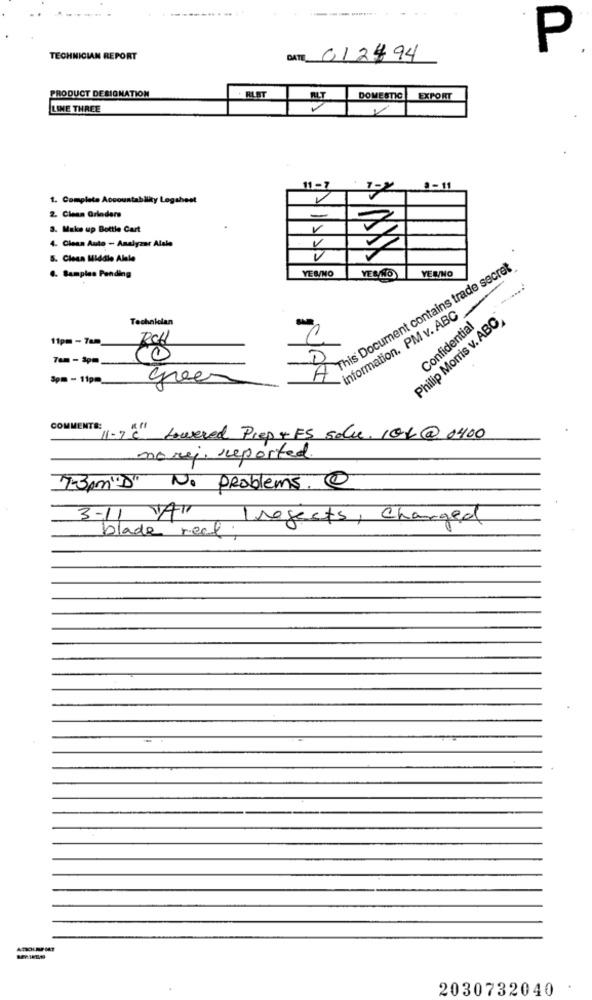
P
TECHNICIAN REPORT
DATI 012494
PRODUCT DESIGNATION
. RLST
DOMESTIC
EXPORT
LINE THREE
11-7
9-11
1. Complete Accountability Logsheet
2. Clean Grinders
-
3. Make up Bottle Cart
V
4. Clean Auto - Analyzer Alale
5. Clean Middle Alale
X
YES/NO
This Document contains trade secret
YES/NO
YES/NO
.. Samples Pending
information. PM v. ABC
Technician
Philip Morris v. ABC
Confidential
11pm - 7am
Tem - 3pm
D
3pm - 11pm
gree
A
NAH
COMMENTS:
11-2℃ Lowered Prep +FS solu. 104@ 0400
nory, reported.
7-3pm"D" No Problems. @
3-11 A'' Projects, Charged
blade real
2030732040